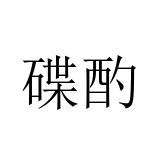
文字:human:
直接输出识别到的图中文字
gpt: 碟酌